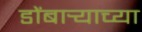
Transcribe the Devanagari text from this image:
डोंबार्‍याच्या